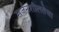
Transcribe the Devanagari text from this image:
सर्जनशीलतेचा